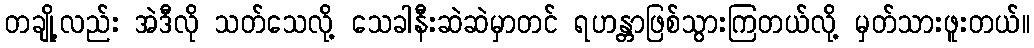
တချို့လည်း အဲဒီလို သတ်သေလို့ သေခါနီးဆဲဆဲမှာတင် ရဟန္တာဖြစ်သွားကြတယ်လို့ မှတ်သားဖူးတယ်။